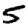
Digit: 5